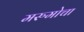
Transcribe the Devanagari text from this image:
मरुमोचा